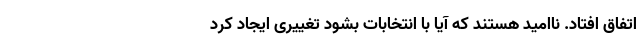
اتفاق افتاد. ناامید هستند که آیا با انتخابات بشود تغییری ایجاد کرد